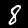
Digit: 8